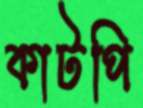
কাটপি